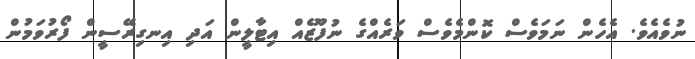
ނުވެއެވެ. އެހެން ނަމަވެސް ކޮންމެވެސް ވަރެއްގެ ނުފޫޒެއް އިޓާލީން އަދި އިނގިރޭސީން ފޯރުވަމުން